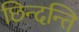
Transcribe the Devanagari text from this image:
छिन्दन्ति